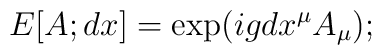
E[A;dx]=\exp(i g dx^{\mu} A_{\mu});